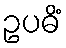
ဥပဓိံ